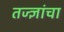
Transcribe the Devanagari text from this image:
तज्‍ज्ञांचा